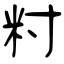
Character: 籿